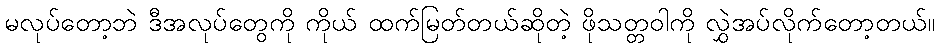
မလုပ်တော့ဘဲ ဒီအလုပ်တွေကို ကိုယ် ထက်မြတ်တယ်ဆိုတဲ့ ဖိုသတ္တဝါကို လွှဲအပ်လိုက်တော့တယ်။